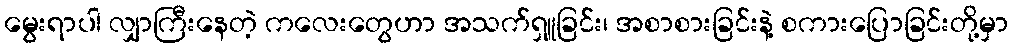
မွေးရာပါ လျှာကြီးနေတဲ့ ကလေးတွေဟာ အသက်ရှူခြင်း၊ အစာစားခြင်းနဲ့ စကားပြောခြင်းတို့မှာ